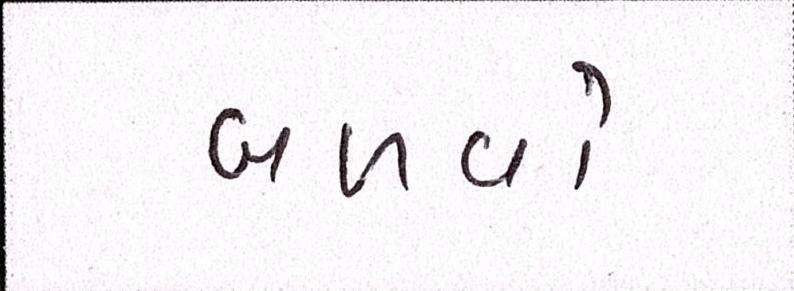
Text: બળવો